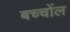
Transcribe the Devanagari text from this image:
बच्चोंल